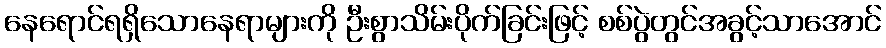
နေရောင်ရရှိသောနေရာများကို ဦးစွာသိမ်းပိုက်ခြင်းဖြင့် စစ်ပွဲတွင်အခွင့်သာအောင်